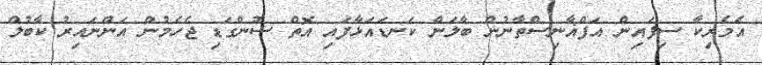
އެމެރިކާ ސިފައިން އަފްޣާނިސްތާނުން ބާލަން ކަނޑައަޅާފައި އޮތް ސުންގަޑި ޖެހެމުން އަންނައިރު ކާބުލް